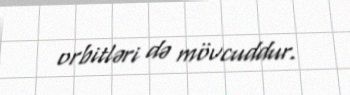
orbitləri də mövcuddur.